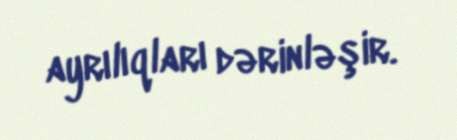
ayrılıqları dərinləşir.